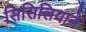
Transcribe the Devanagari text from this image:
सिसिलियाने